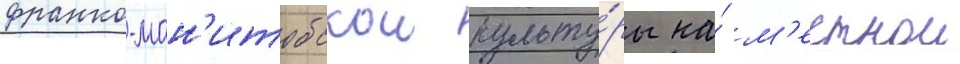
франко-ман'итобскои культу́ры на́ м'естнои